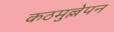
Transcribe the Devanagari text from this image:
कठमुल्लेपन